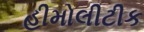
હીમોલીટીક